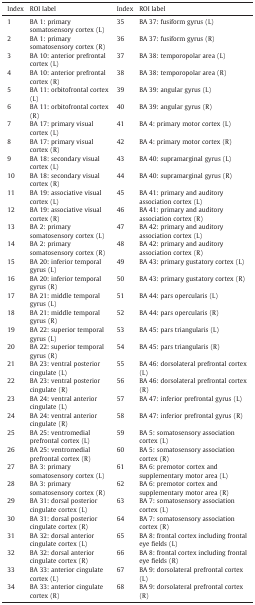
<table><thead><tr><td><b>Index</b></td><td><b>ROI label</b></td><td><b>Index</b></td><td><b>ROI label</b></td></tr></thead><tbody><tr><td>1</td><td>BA 1: primary somatosensory cortex (L)</td><td>35</td><td>BA 37: fusiform gyrus (L)</td></tr><tr><td>2</td><td>BA 1: primary somatosensory cortex (R)</td><td>36</td><td>BA 37: fusiform gyrus (R)</td></tr><tr><td>3</td><td>BA 10: anterior prefrontal cortex (L)</td><td>37</td><td>BA 38: temporopolar area (L)</td></tr><tr><td>4</td><td>BA 10: anterior prefrontal cortex (R)</td><td>38</td><td>BA 38: temporopolar area (R)</td></tr><tr><td>5</td><td>BA 11: orbitofrontal cortex (L)</td><td>39</td><td>BA 39: angular gyrus (L)</td></tr><tr><td>6</td><td>BA 11: orbitofrontal cortex (R)</td><td>40</td><td>BA 39: angular gyrus (R)</td></tr><tr><td>7</td><td>BA 17: primary visual cortex (L)</td><td>41</td><td>BA 4: primary motor cortex (L)</td></tr><tr><td>8</td><td>BA 17: primary visual cortex (R)</td><td>42</td><td>BA 4: primary motor cortex (R)</td></tr><tr><td>9</td><td>BA 18: secondary visual cortex (L)</td><td>43</td><td>BA 40: supramarginal gyrus (L)</td></tr><tr><td>10</td><td>BA 18: secondary visual cortex (R)</td><td>44</td><td>BA 40: supramarginal gyrus (R)</td></tr><tr><td>11</td><td>BA 19: associative visual cortex (L)</td><td>45</td><td>BA 41: primary and auditory association cortex (L)</td></tr><tr><td>12</td><td>BA 19: associative visual cortex (R)</td><td>46</td><td>BA 41: primary and auditory association cortex (R)</td></tr><tr><td>13</td><td>BA 2: primary somatosensory cortex (L)</td><td>47</td><td>BA 42: primary and auditory association cortex (L)</td></tr><tr><td>14</td><td>BA 2: primary somatosensory cortex (R)</td><td>48</td><td>BA 42: primary and auditory association cortex (R)</td></tr><tr><td>15</td><td>BA 20: inferior temporal gyrus (L)</td><td>49</td><td>BA 43: primary gustatory cortex (L)</td></tr><tr><td>16</td><td>BA 20: inferior temporal gyrus (R)</td><td>50</td><td>BA 43: primary gustatory cortex (R)</td></tr><tr><td>17</td><td>BA 21: middle temporal gyrus (L)</td><td>51</td><td>BA 44: pars opercularis (L)</td></tr><tr><td>18</td><td>BA 21: middle temporal gyrus (R)</td><td>52</td><td>BA 44: pars opercularis (R)</td></tr><tr><td>19</td><td>BA 22: superior temporal gyrus (L)</td><td>53</td><td>BA 45: pars triangularis (L)</td></tr><tr><td>20</td><td>BA 22: superior temporal gyrus (R)</td><td>54</td><td>BA 45: pars triangularis (R)</td></tr><tr><td>21</td><td>BA 23: ventral posterior cingulate (L)</td><td>55</td><td>BA 46: dorsolateral prefrontal cortex (L)</td></tr><tr><td>22</td><td>BA 23: ventral posterior cingulate (R)</td><td>56</td><td>BA 46: dorsolateral prefrontal cortex (R)</td></tr><tr><td>23</td><td>BA 24: ventral anterior cingulate (L)</td><td>57</td><td>BA 47: inferior prefrontal gyrus (L)</td></tr><tr><td>24</td><td>BA 24: ventral anterior cingulate (R)</td><td>58</td><td>BA 47: inferior prefrontal gyrus (R)</td></tr><tr><td>25</td><td>BA 25: ventromedial prefrontal cortex (L)</td><td>59</td><td>BA 5: somatosensory association cortex (L)</td></tr><tr><td>26</td><td>BA 25: ventromedial prefrontal cortex (R)</td><td>60</td><td>BA 5: somatosensory association cortex (R)</td></tr><tr><td>27</td><td>BA 3: primary somatosensory cortex (L)</td><td>61</td><td>BA 6: premotor cortex and supplementary motor area (L)</td></tr><tr><td>28</td><td>BA 3: primary somatosensory cortex (R)</td><td>62</td><td>BA 6: premotor cortex and supplementary motor area (R)</td></tr><tr><td>29</td><td>BA 31: dorsal posterior cingulate cortex (L)</td><td>63</td><td>BA 7: somatosensory association cortex (L)</td></tr><tr><td>30</td><td>BA 31: dorsal posterior cingulate cortex (R)</td><td>64</td><td>BA 7: somatosensory association cortex (R)</td></tr><tr><td>31</td><td>BA 32: dorsal anterior cingulate cortex (L)</td><td>65</td><td>BA 8: frontal cortex including frontal eye fields (L)</td></tr><tr><td>32</td><td>BA 32: dorsal anterior cingulate cortex (R)</td><td>66</td><td>BA 8: frontal cortex including frontal eye fields (R)</td></tr><tr><td>33</td><td>BA 33: anterior cingulate cortex (L)</td><td>67</td><td>BA 9: dorsolateral prefrontal cortex (L)</td></tr><tr><td>34</td><td>BA 33: anterior cingulate cortex (R)</td><td>68</td><td>BA 9: dorsolateral prefrontal cortex (R)</td></tr></tbody></table>